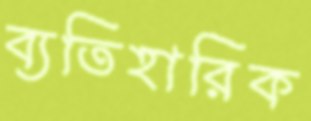
ব্যতিহারিক